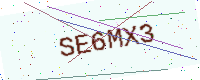
Text: SE6MX3